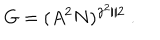
G = ( A ^ { 2 } N ) ^ { \gamma ^ { 2 } / 2 } \ .